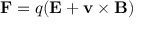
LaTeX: \mathbf { F } = q ( \mathbf { E } + \mathbf { v } \times \mathbf { B } )